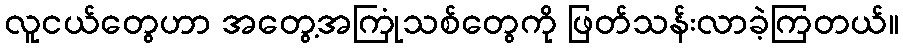
လူငယ်တွေဟာ အတွေ့အကြုံသစ်တွေကို ဖြတ်သန်းလာခဲ့ကြတယ်။